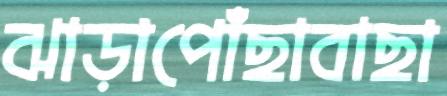
ঝাড়াপোঁছাবাছা